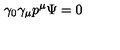
\gamma _ { 0 } \gamma _ { \mu } p ^ { \mu } \Psi = 0